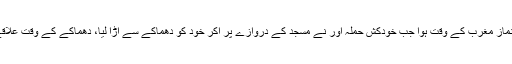
تفصیلات کے مطابق قطیف میں دھماکا نماز مغرب کے وقت ہوا جب خودکش حملہ آور نے مسجد کے دروازے پر آکر خود کو دھماکے سے اڑا لیا، دھماکے کے وقت علاقے میں لوگوں کی بڑی تعداد موجود تھی۔